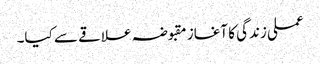
عملی زندگی کا آغاز مقبوضہ علاقے سے کیا۔